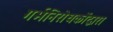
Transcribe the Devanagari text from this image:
गर्भनिरोधकोंद्वारा